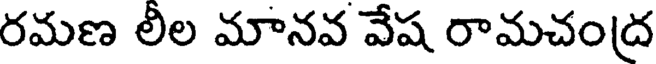
రమణ లీల మానవ వేష రామచంద